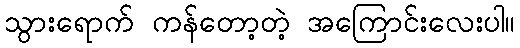
သွားရောက် ကန်တော့တဲ့ အကြောင်းလေးပါ။